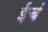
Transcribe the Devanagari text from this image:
ईचं